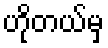
ဟိုတယ်မှ